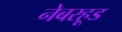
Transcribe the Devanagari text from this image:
नेबरहूड